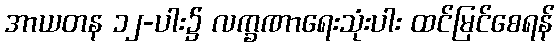
အာယတန ၁၂-ပါး၌ လက္ခဏာရေးသုံးပါး ထင်မြင်စေရန်